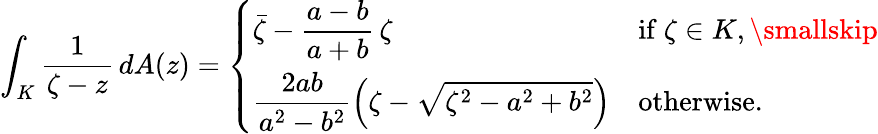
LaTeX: \int_{K}\frac{1}{\zeta-z}\, dA(z)=\left\{ \begin{array}{ll}{\displaystyle\bar{\zeta}-\frac{a-b}{a+b}\, \zeta}&{\mathrm{if~}\zeta\in K,\smallskip}\\ {\displaystyle\frac{2ab}{a^{2}-b^{2}}\Big(\zeta-\sqrt{\zeta^{2}-a^{2}+b^{2}}\Big)}&{\mathrm{otherwise.}}\end{array}\right.